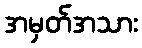
အမှတ်အသား